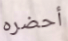
أحضره